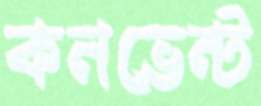
কনভেন্ট